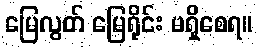
မြေလွတ် မြေရိုင်း မရှိစေရ။